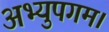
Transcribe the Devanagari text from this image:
अभ्युपगम।